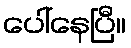
ပေါ်နေပြီ။